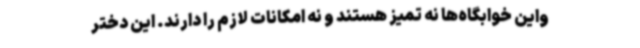
واین خوابگاه‌ها نه تمیز هستند و نه امکانات لازم را دارند. این دختر